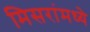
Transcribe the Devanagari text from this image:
मिसरांमध्ये